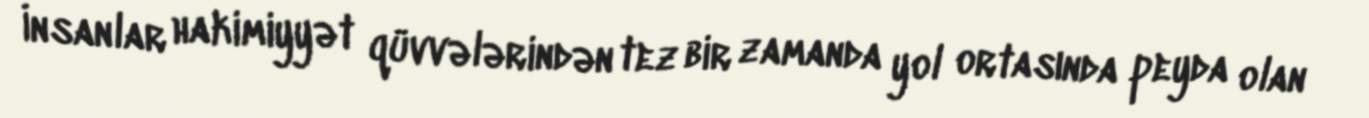
İnsanlar hakimiyyət qüvvələrindən tez bir zamanda yol ortasında peyda olan